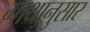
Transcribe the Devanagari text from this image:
गाथानुसार